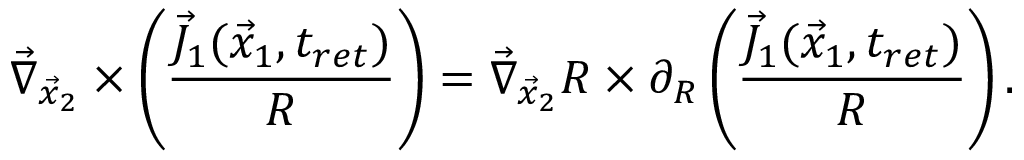
\vec { \nabla } _ { \vec { x } _ { 2 } } \times \left( \frac { \vec { J } _ { 1 } ( \vec { x } _ { 1 } , t _ { r e t } ) } { R } \right) = \vec { \nabla } _ { \vec { x } _ { 2 } } R \times \partial _ { R } \left( \frac { \vec { J } _ { 1 } ( \vec { x } _ { 1 } , t _ { r e t } ) } { R } \right) .